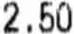
2.50